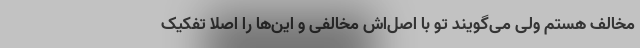
مخالف هستم ولی می‌گویند تو با اصل‌اش مخالفی و این‌ها را اصلا تفکیک